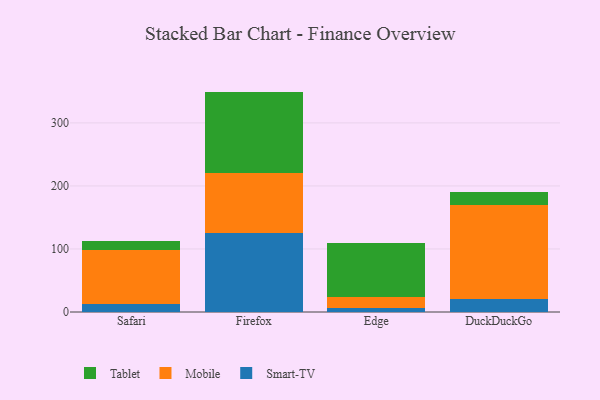
{"axis": {"x": "Browser", "y": "Energy Usage (MWh)"}, "legend": ["Mobile", "Smart-TV", "Tablet"], "data": [{"x": "Safari", "y": 12.5, "type": "Smart-TV"}, {"x": "Safari", "y": 85.1, "type": "Mobile"}, {"x": "Safari", "y": 14.5, "type": "Tablet"}, {"x": "Firefox", "y": 125.7, "type": "Smart-TV"}, {"x": "Firefox", "y": 94.2, "type": "Mobile"}, {"x": "Firefox", "y": 129.8, "type": "Tablet"}, {"x": "Edge", "y": 6.2, "type": "Smart-TV"}, {"x": "Edge", "y": 17.2, "type": "Mobile"}, {"x": "Edge", "y": 86.0, "type": "Tablet"}, {"x": "DuckDuckGo", "y": 21.0, "type": "Smart-TV"}, {"x": "DuckDuckGo", "y": 148.3, "type": "Mobile"}, {"x": "DuckDuckGo", "y": 21.8, "type": "Tablet"}]}